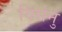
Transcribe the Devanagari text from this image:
विर्सनु